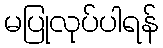
မပြုလုပ်ပါရန်